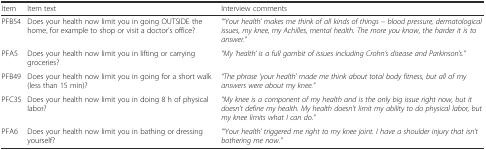
<table><thead><tr><td><b>Item</b></td><td><b>Item text</b></td><td><b>Interview comments</b></td></tr></thead><tbody><tr><td>PFB54</td><td>Does your health now limit you in going OUTSIDE the home, for example to shop or visit a doctor’s office?</td><td><i>“‘Your health’ makes me think of all kinds of things – blood pressure, dermatological issues, my knee, my Achilles, mental health. The more you know, the harder it is to answer.”</i></td></tr><tr><td>PFA5</td><td>Does your health now limit you in lifting or carrying groceries?</td><td><i>“My ‘health’ is a full gambit of issues including Crohn’s disease and Parkinson’s.”</i></td></tr><tr><td>PFB49</td><td>Does your health now limit you in going for a short walk (less than 15 min)?</td><td><i>“The phrase ‘your health’ made me think about total body fitness, but all of my answers were about my knee.”</i></td></tr><tr><td>PFC35</td><td>Does your health now limit you in doing 8 h of physical labor?</td><td><i>“My knee is a component of my health and is the only big issue right now, but it doesn’t define my health. My health doesn’t limit my ability to do physical labor, but my knee limits what I can do.”</i></td></tr><tr><td>PFA6</td><td>Does your health now limit you in bathing or dressing yourself?</td><td><i>“‘Your health’ triggered me right to my knee joint. I have a shoulder injury that isn’t bothering me now.”</i></td></tr></tbody></table>